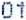
01